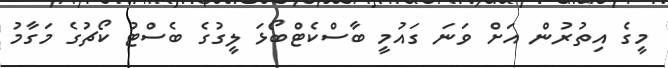
މީގެ އިތުރުން އަށް ވަނަ ގައުމީ ބާސްކެޓްބޯޅަ ލީގުގެ ބެސްޓު ކޯޗުގެ މަގާމު